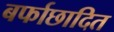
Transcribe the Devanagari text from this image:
बर्फाछादित